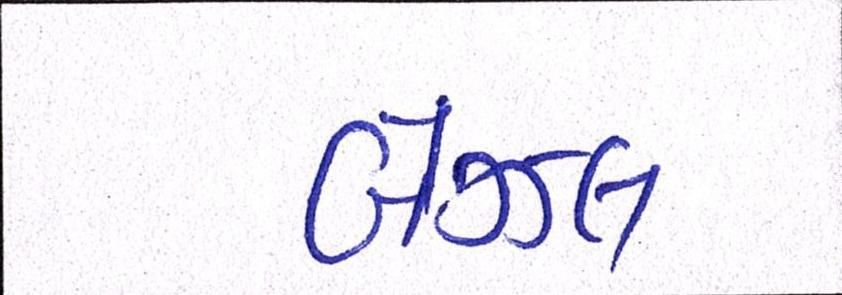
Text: બેઝલ